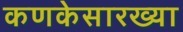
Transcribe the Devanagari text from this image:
कणकेसारख्या